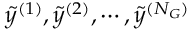
\tilde { y } ^ { ( 1 ) } , \tilde { y } ^ { ( 2 ) } , \cdots , \tilde { y } ^ { ( N _ { G } ) }